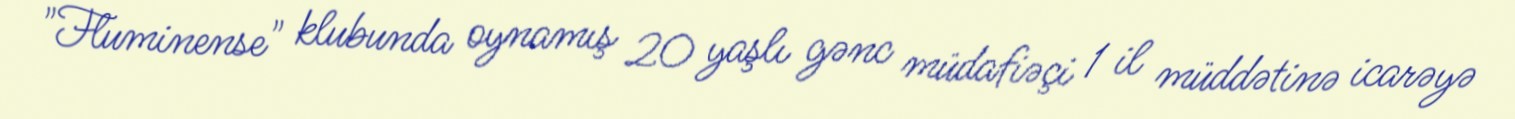
"Fluminense" klubunda oynamış 20 yaşlı gənc müdafiəçi 1 il müddətinə icarəyə